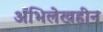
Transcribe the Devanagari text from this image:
अभिलेखहीन